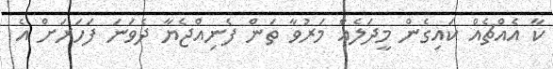
ކާ އެއްޗެއް ކައިގެން މީދަލެއް މަރުވާ ތަން ފެނިއްޖެޔާ ދެވަނަ ފަހަރަށް އެ